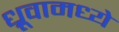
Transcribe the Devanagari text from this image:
ध्रूवामध्ये